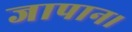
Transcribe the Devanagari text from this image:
जापान।